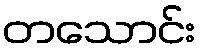
တသောင်း